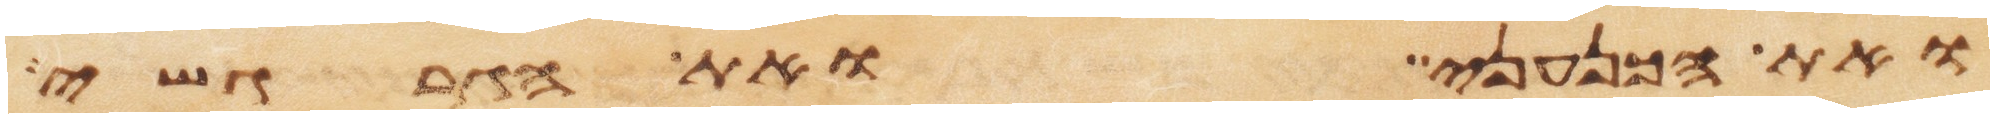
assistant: ואת הכנעני ואת הגרגשי